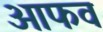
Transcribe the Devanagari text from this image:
आफव